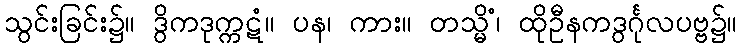
သွင်းခြင်း၌။ ဒွိကဒုက္ကဋံ။ ပန၊ ကား။ တသ္မိံ၊ ထိုဦနကဒွင်္ဂုလပဗ္ဗ၌။